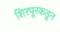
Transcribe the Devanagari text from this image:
शिरपूरकडून